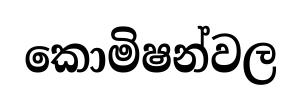
කොමිෂන්වල